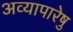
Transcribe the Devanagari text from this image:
अव्यापारेषु